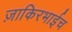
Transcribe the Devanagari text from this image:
ज़ाकिरभाईच